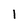
Character: I